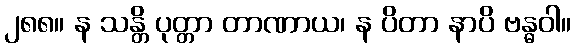
၂၈၈။ န သန္တိ ပုတ္တာ တာဏာယ၊ န ပိတာ နာပိ ဗန္ဓဝါ။